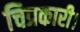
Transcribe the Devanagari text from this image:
चित्रकारी।